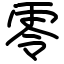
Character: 零